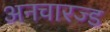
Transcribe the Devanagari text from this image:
अनचारज्ड